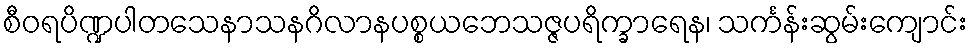
စီဝရပိဏ္ဍပါတသေနာသနဂိလာနပစ္စယဘေသဇ္ဇပရိက္ခာရေန၊ သင်္ကန်းဆွမ်းကျောင်း